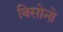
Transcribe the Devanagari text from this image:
बिसोनो